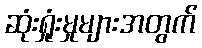
ဆုံးရှုံးမှုများအတွက်